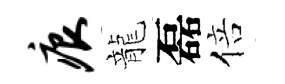
痕龍磊倍